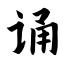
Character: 诵